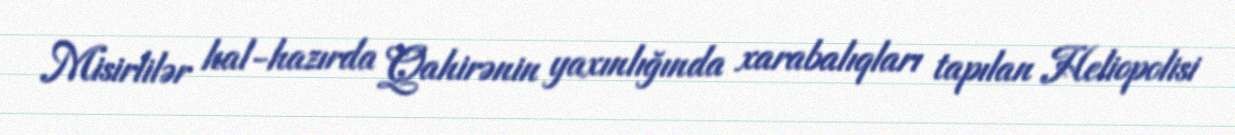
Misirlilər hal-hazırda Qahirənin yaxınlığında xarabalıqları tapılan Heliopolisi